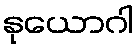
နုယောဂါ